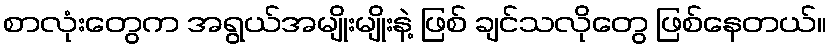
စာလုံးတွေက အရွယ်အမျိုးမျိုးနဲ့ ဖြစ် ချင်သလိုတွေ ဖြစ်နေတယ်။